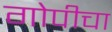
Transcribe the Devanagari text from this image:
गोपीचा